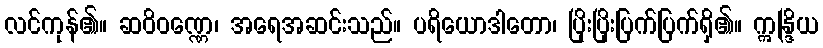
လင်ကုန်၏။ ဆဝိဝဏ္ဏေ၊ အရေအဆင်းသည်။ ပရိယောဒါတော၊ ပြိုးပြိုးပြက်ပြက်ရှိ၏။ ဣန္ဒြိယ